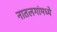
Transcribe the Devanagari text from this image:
नातलगांमध्ये